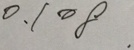
0 . 1 0 8 .